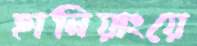
হানিয়াংয়ে